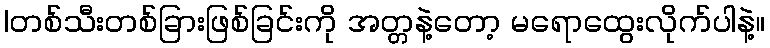
|တစ်သီးတစ်ခြားဖြစ်ခြင်းကို အတ္တနဲ့တော့ မရောထွေးလိုက်ပါနဲ့။